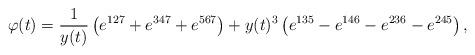
LaTeX: \begin{align*}\varphi(t)=\frac{1}{y(t)}\left(e^{127}+e^{347}+e^{567}\right)+y(t)^3\left(e^{135}-e^{146}-e^{236}-e^{245}\right),\end{align*}